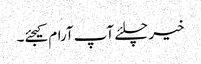
خیر چلئے آپ آرام کیجئے۔